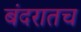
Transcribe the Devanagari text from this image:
बंदरातच